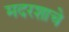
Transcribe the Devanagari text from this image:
मदरशाचे